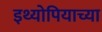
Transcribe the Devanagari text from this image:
इथ्योपियाच्या